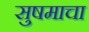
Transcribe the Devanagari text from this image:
सुषमाचा